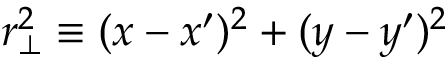
r _ { \bot } ^ { 2 } \equiv ( x - x ^ { \prime } ) ^ { 2 } + ( y - y ^ { \prime } ) ^ { 2 }